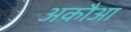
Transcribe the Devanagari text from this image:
अकौआ